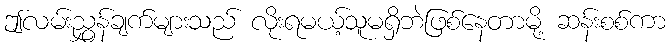
ဤလမ်းညွှန်ချက်များသည် လိုးရမယ့်သူမရှိဘဲဖြစ်နေတာမို့ ဆန်းစစ်ကာ